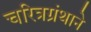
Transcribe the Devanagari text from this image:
चरित्रग्रंथाने